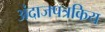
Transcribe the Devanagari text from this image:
अंदाजपत्रकिय